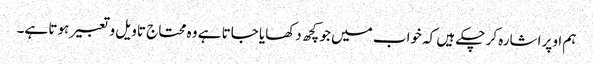
ہم اوپر اشارہ کر چکے ہیں کہ خواب میں جو کچھ دکھایا جاتا ہے وہ محتاج تاویل و تعبیر ہوتا ہے۔